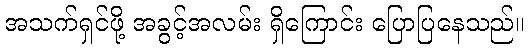
အသက်ရှင်ဖို့ အခွင့်အလမ်း ရှိကြောင်း ပြောပြနေသည်။